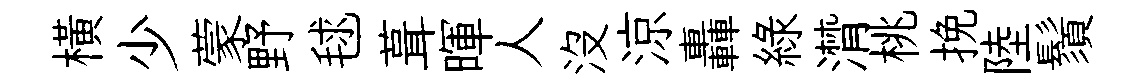
橫少蒙野毬葺暉人沒涼轟綠潸桃挽陸鬚